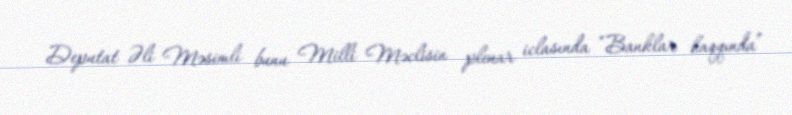
Deputat Əli Məsimli bunu Milli Məclisin plenar iclasında “Banklar haqqında”